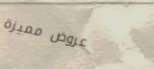
عروض مميزة